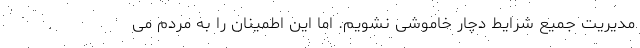
مدیریت جمیع شرایط دچار خاموشی نشویم. اما این اطمینان را به مردم می